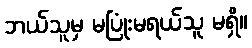
ဘယ်သူမှ မပြုံးမရယ်သူ မရှိ။